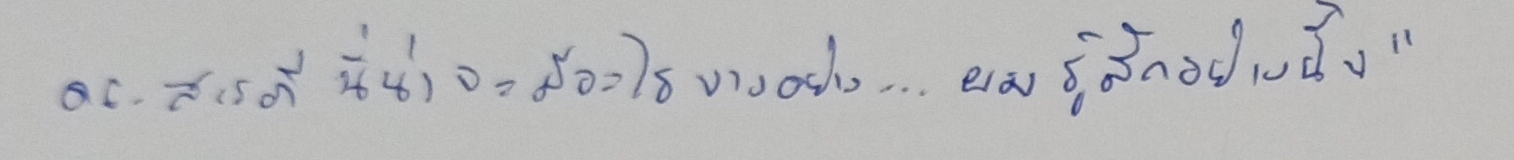
ดร.สารภีนี่น่าจะมีอะไรบางอย่าง...ผมรู้สึกอย่างนั้น"